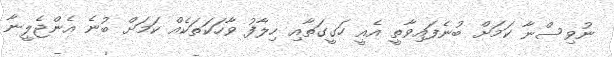
ނުވިސްނާ ކަމަށް ބުނެފައިވާތީ އެއީ ހަގީގަތާާއި ހިލާފު ވާހަކަތަކެއް ކަމަށް ބުނެ އެންޖެލީނާ